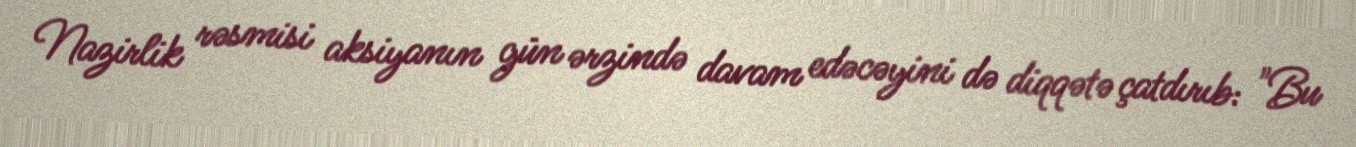
Nazirlik rəsmisi aksiyanın gün ərzində davam edəcəyini də diqqətə çatdırıb: "Bu